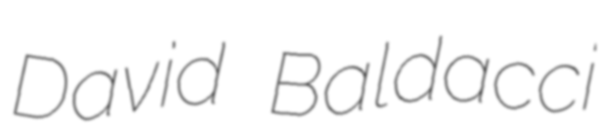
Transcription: David Baldacci